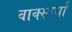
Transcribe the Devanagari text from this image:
वाक्स्पर्धा